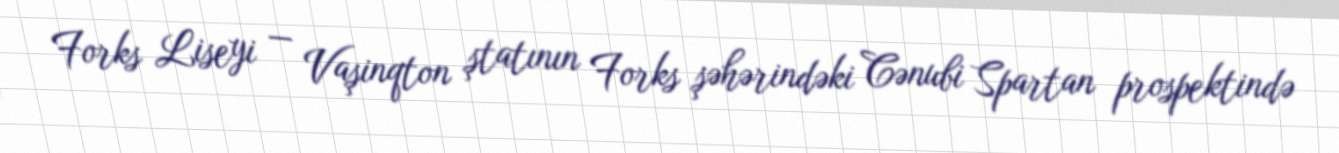
Forks Liseyi — Vaşinqton ştatının Forks şəhərindəki Cənubi Spartan prospektində